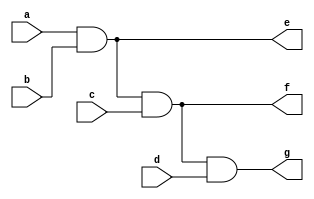
`timescale 1ns / 1ps


module And(
    input a, b, c, d,
    output e, f, g
    );
    
    assign e = a & b;
    assign f = e & c;
    assign g = f & d;
    
endmodule